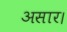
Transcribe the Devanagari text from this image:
असार।